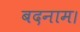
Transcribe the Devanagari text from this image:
बदनाम।